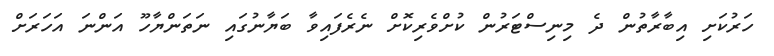
ހަރުކަށި އިބާރާތުން ދެ މިނިސްޓަރުން ކުށްވެރިކޮށް ނެރެފައިވާ ބަޔާނުގައި ނަތަންޔާހޫ އަންނަ އަހަރަށް